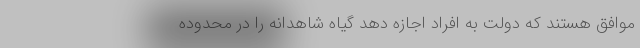
موافق هستند که دولت به افراد اجازه دهد گیاه شاهدانه را در محدوده